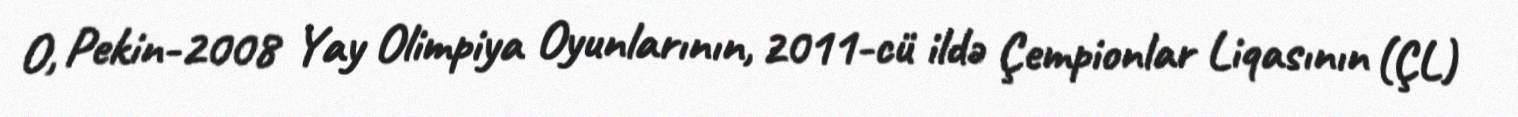
O, Pekin-2008 Yay Olimpiya Oyunlarının, 2011-cü ildə Çempionlar Liqasının (ÇL)